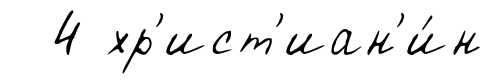
4 хр'ист'иан'и́н